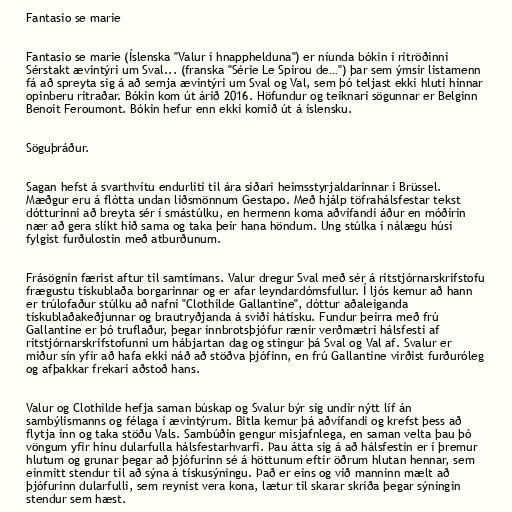
Fantasio se marie

Fantasio se marie (Íslenska "Valur í hnapphelduna") er níunda bókin í ritröðinni
Sérstakt ævintýri um Sval... (franska "Série Le Spirou de…") þar sem ýmsir listamenn
fá að spreyta sig á að semja ævintýri um Sval og Val, sem þó teljast ekki hluti hinnar
opinberu ritraðar. Bókin kom út árið 2016. Höfundur og teiknari sögunnar er Belginn
Benoit Feroumont. Bókin hefur enn ekki komið út á íslensku.

Söguþráður.

Sagan hefst á svarthvítu endurliti til ára síðari heimsstyrjaldarinnar í Brüssel.
Mæðgur eru á flótta undan liðsmönnum Gestapo. Með hjálp töfrahálsfestar tekst
dótturinni að breyta sér í smástúlku, en hermenn koma aðvífandi áður en móðirin
nær að gera slíkt hið sama og taka þeir hana höndum. Ung stúlka í nálægu húsi
fylgist furðulostin með atburðunum.

Frásögnin færist aftur til samtímans. Valur dregur Sval með sér á ritstjórnarskrifstofu
frægustu tískublaða borgarinnar og er afar leyndardómsfullur. Í ljós kemur að hann
er trúlofaður stúlku að nafni "Clothilde Gallantine", dóttur aðaleiganda
tískublaðakeðjunnar og brautryðjanda á sviði hátísku. Fundur þeirra með frú
Gallantine er þó truflaður, þegar innbrotsþjófur rænir verðmætri hálsfesti af
ritstjórnarskrifstofunni um hábjartan dag og stingur þá Sval og Val af. Svalur er
miður sín yfir að hafa ekki náð að stöðva þjófinn, en frú Gallantine virðist furðuróleg
og afþakkar frekari aðstoð hans.

Valur og Clothilde hefja saman búskap og Svalur býr sig undir nýtt líf án
sambýlismanns og félaga í ævintýrum. Bitla kemur þá aðvífandi og krefst þess að
flytja inn og taka stöðu Vals. Sambúðin gengur misjafnlega, en saman velta þau þó
vöngum yfir hinu dularfulla hálsfestarhvarfi. Þau átta sig á að hálsfestin er í þremur
hlutum og grunar þegar að þjófurinn sé á höttunum eftir öðrum hlutan hennar, sem
einmitt stendur til að sýna á tískusýningu. Það er eins og við manninn mælt að
þjófurinn dularfulli, sem reynist vera kona, lætur til skarar skríða þegar sýningin
stendur sem hæst.